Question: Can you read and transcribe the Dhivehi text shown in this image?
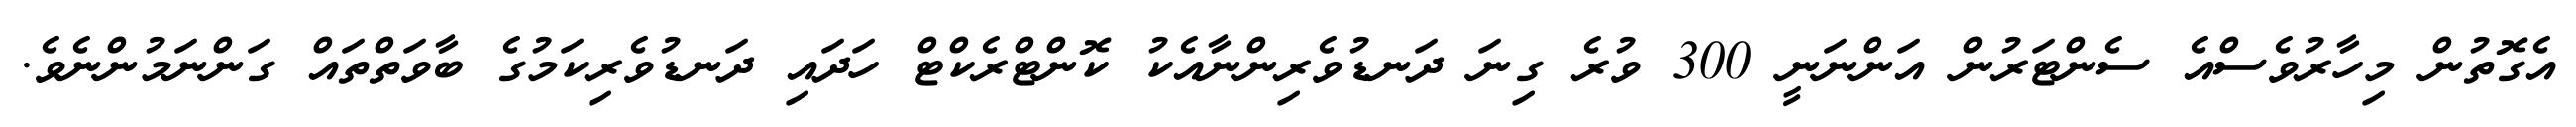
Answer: އެގޮތުން މިހާރުވެސްއެ ސެންޓަރުން އަންނަނީ 300 ވުރެ ގިނަ ދަނޑުވެރިންނާއެކު ކޮންޓްރެކްޓް ހަދައި ދަނޑުވެރިކަމުގެ ބާވަތްތައް ގަންނަމުންނެވެ.